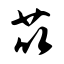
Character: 苡